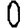
Digit: 0